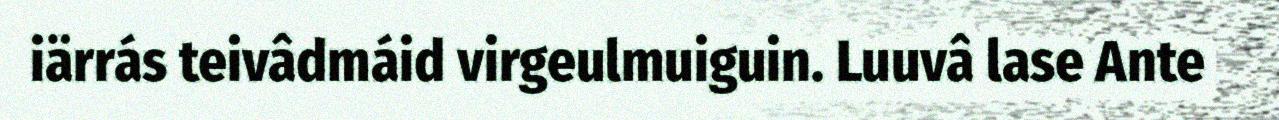
iärrás teivâdmáid virgeulmuiguin. Luuvâ lase Ante